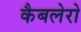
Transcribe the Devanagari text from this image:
कैबलेरो